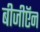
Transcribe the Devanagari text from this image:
बीजीऍन